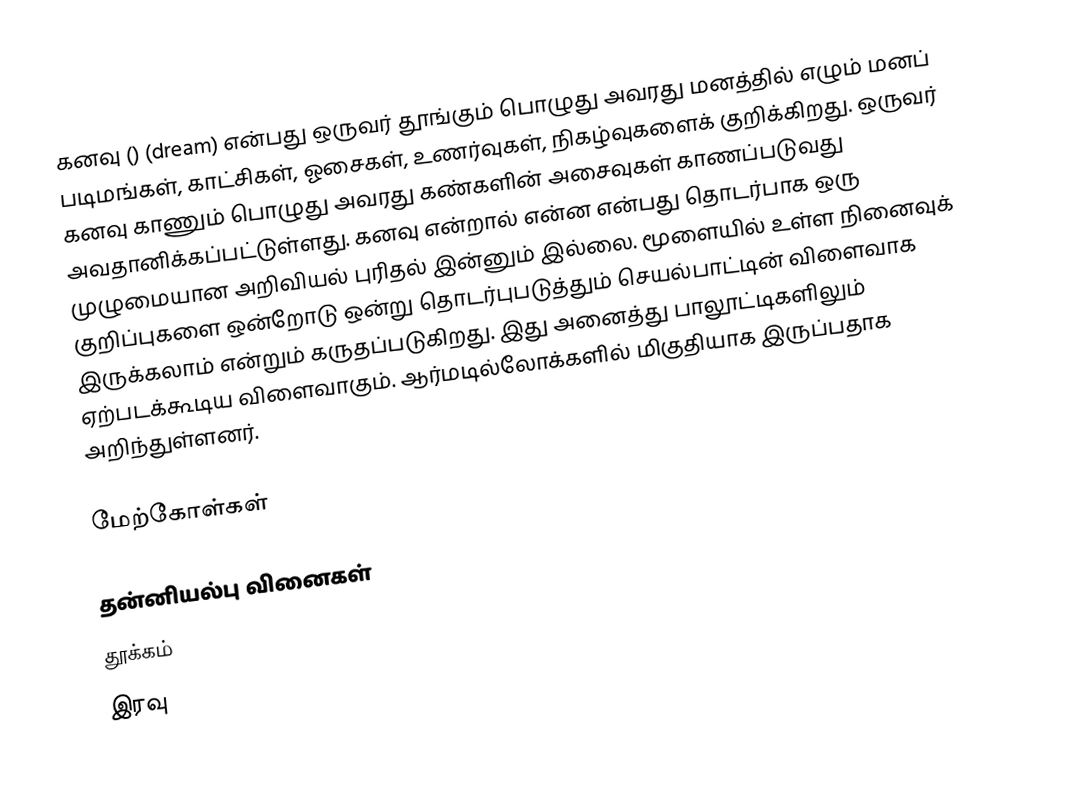
கனவு ()  (dream) என்பது ஒருவர் தூங்கும் பொழுது அவரது மனத்தில் எழும் மனப் படிமங்கள், காட்சிகள், ஓசைகள், உணர்வுகள், நிகழ்வுகளைக் குறிக்கிறது. ஒருவர் கனவு காணும் பொழுது அவரது கண்களின் அசைவுகள் காணப்படுவது அவதானிக்கப்பட்டுள்ளது. கனவு என்றால் என்ன என்பது தொடர்பாக ஒரு முழுமையான அறிவியல் புரிதல் இன்னும் இல்லை. மூளையில் உள்ள நினைவுக் குறிப்புகளை ஒன்றோடு ஒன்று தொடர்புபடுத்தும் செயல்பாட்டின் விளைவாக இருக்கலாம் என்றும் கருதப்படுகிறது. இது அனைத்து பாலூட்டிகளிலும் ஏற்படக்கூடிய விளைவாகும். ஆர்மடில்லோக்களில் மிகுதியாக இருப்பதாக அறிந்துள்ளனர்.

மேற்கோள்கள்

தன்னியல்பு வினைகள்
தூக்கம்
இரவு